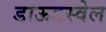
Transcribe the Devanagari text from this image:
डाऊडस्वेल